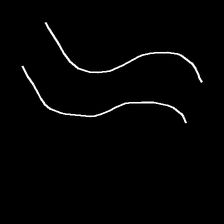
Glyph: float